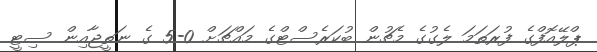
ޕްލޭއޮފްގެ ފުރަތަމަ ލެގުގެ މެޗުން ބުކަރެސްޓްގެ މައްޗަށް 0-5 ގެ ނަތީޖާއިން ސިޓީ